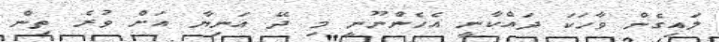
ލައިގެން ވާހަކަ ދައްކާނީ އެހެންނޫނީ މި ދޭ އަނިޔާ އަށް ވުރެ ތިން